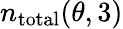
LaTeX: n_{\mathrm{total}}(\theta,3)